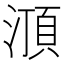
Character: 㴿